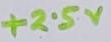
Text: +2.5V